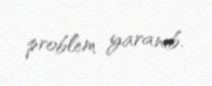
problem yaranıb.